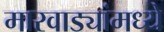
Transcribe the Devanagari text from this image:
मारवाड्यांमध्ये